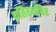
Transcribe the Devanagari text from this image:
प्रतिस्थपित